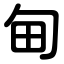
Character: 甸